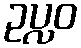
ဥပ္လဝ